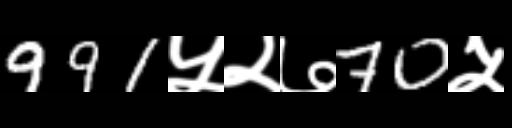
Text: 991५२७70५